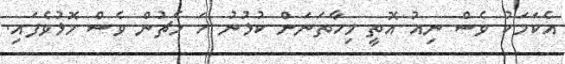
އެކަމަކު ވެސް ނިއު އޮތީ މިހާތަނަށް ކުޅުނު ހަ މެޗުން ވެސް މޮޅުވެފައި.